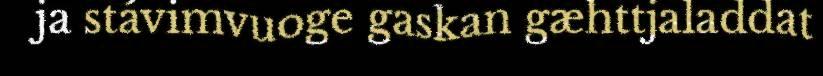
ja stávimvuoge gaskan gæhttjaladdat